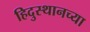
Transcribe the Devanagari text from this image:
हिदुस्थानच्या